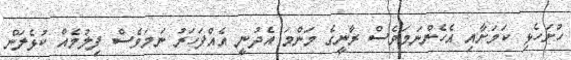
ހުށަހެޅި ކަމަށާއި އެހެންނަމަވެސް ރާނީގެ މަންމަ އެދުނީ އެއްފަހަރު ނަމަވެސް ފިލުމެއް ކުޅެލަން